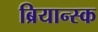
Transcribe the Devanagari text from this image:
ब्रियान्स्क